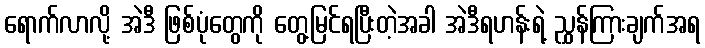
ရောက်လာလို့ အဲဒီ ဖြစ်ပုံတွေကို တွေ့မြင်ရပြီးတဲ့အခါ အဲဒီရဟန်းရဲ့ ညွှန်ကြားချက်အရ